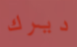
ديرك